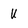
Character: U